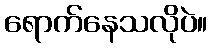
ရောက်နေသလိုပဲ။